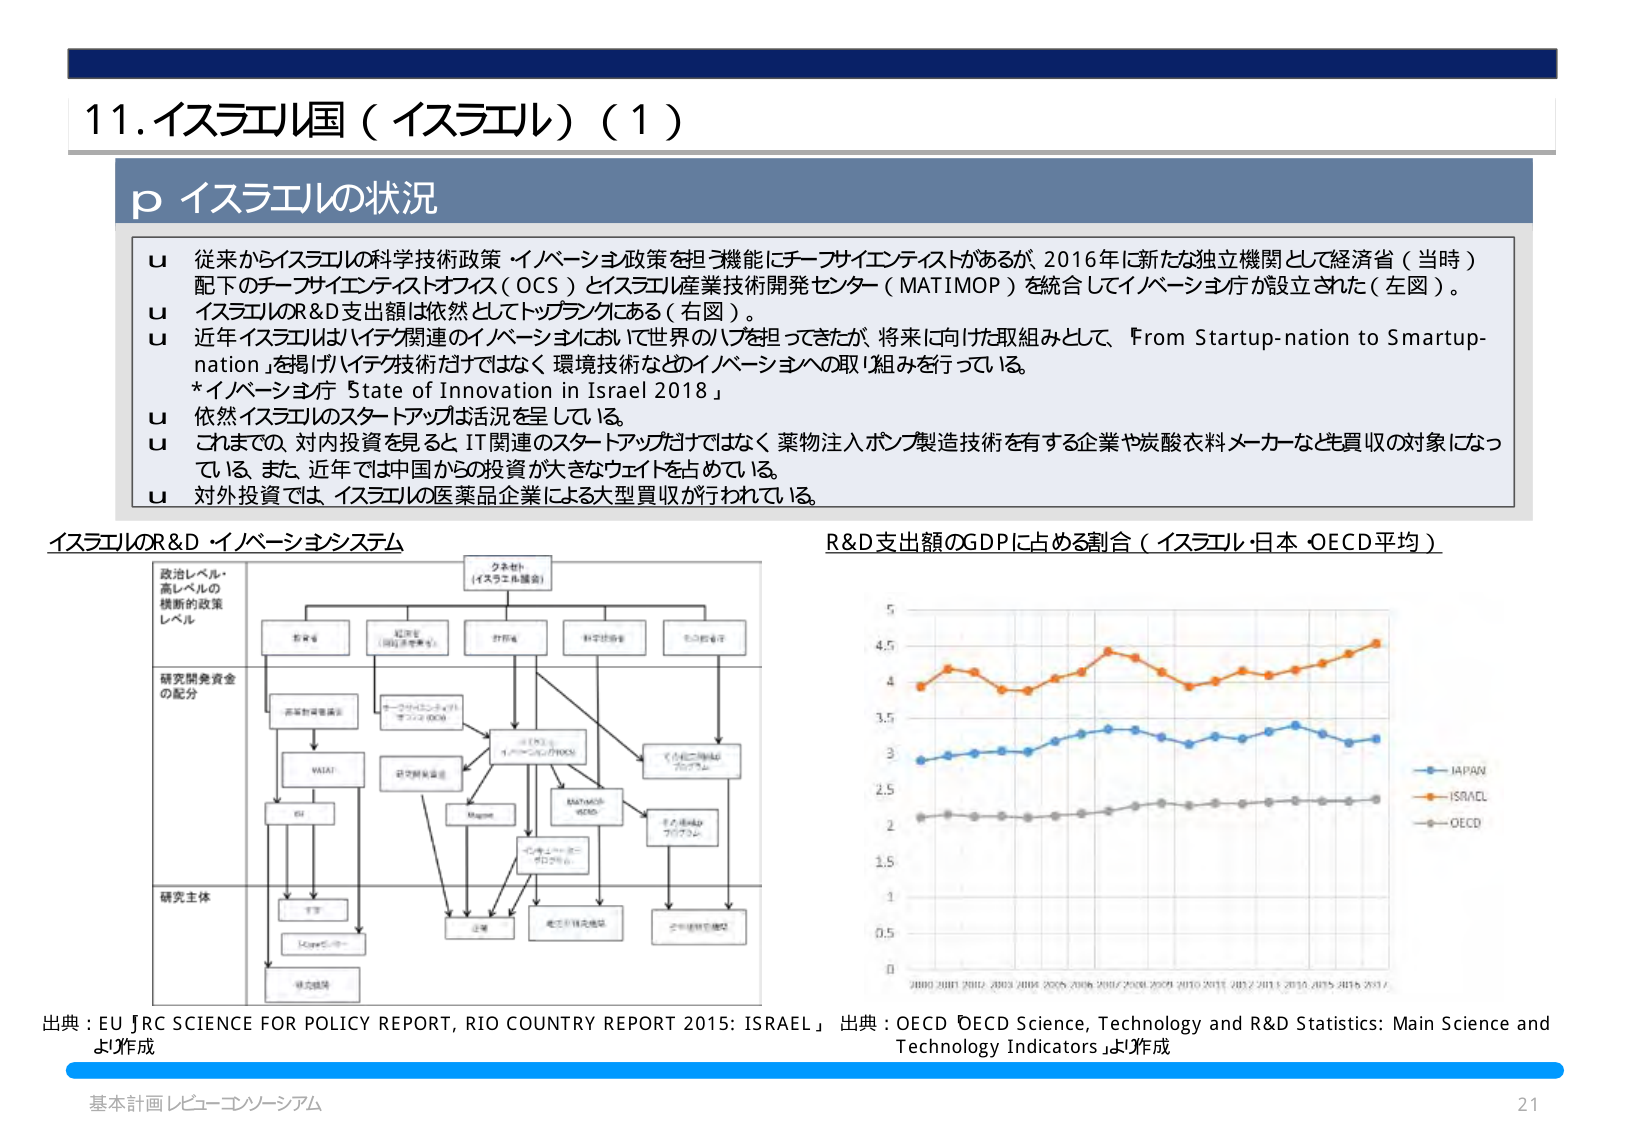
11. イスラエル国（イスラエル）（1）

p イスラエルの状況

u 従来からイスラエルの科学技術政策・イノベーション政策を担う機能にチーフサイエンティストがあるが、2016年に新たな独立機関として経済省（当時）配下のチーフサイエンティストオフィス（OCS）とイスラエル産業技術開発センター（MATIMOP）を統合してイノベーション庁が設立された（左図）。
u イスラエルのR&D支出額は依然としてトップランクにある（右図）。
u 近年イスラエルはハイテク関連のイノベーションにおいて世界のハブを担ってきたが、将来に向けた取組みとして、「From Startup-nation to Smartup-nation」を掲げ、ハイテク技術だけではなく、環境技術などイノベーションへの取り組みを行っている。
*イノベーション庁「State of Innovation in Israel 2018」
u 依然イスラエルのスタートアップ活況を呈している。
u これまでの、対内投資を見ると、IT関連のスタートアップだけではなく、薬物注入ポンプ製造技術を有する企業や炭酸衣料メーカーなども買収の対象になっている。また、近年では中国からの投資が大きなウェイトを占めている。
u 対外投資では、イスラエルの医薬品企業による大型買収が行われている。

イスラエルのR&D・イノベーションシステム

政治レベル・
高レベルの
横断的政策
レベル

研究開発資金
の配分

研究主体

クネセト
（イスラエル議会）

教育省

経済省
（当時産業省）

財務省

科学技術省

その他の省

高等教育機関

ヨーロッパ・エコノミック・
コラボレーション（OEC）

イノベーション庁（OCS）

イノベーション・
エコシステム

MATIMOP
（ICRD）

イノベーション・
プロダクション

VATAT

研究開発資金

Magnet

大学

企業

産業技術研究機関

公的機関

民間企業

出典：EU JRC SCIENCE FOR POLICY REPORT, RIO COUNTRY REPORT 2015: ISRAEL」 出典：OECD「OECD Science, Technology and R&D Statistics: Main Science and Technology Indicators」より作成

R&D支出額のGDPに占める割合（イスラエル・日本・OECD平均）

JAPAN
ISRAEL
OECD

2000 2001 2002 2003 2004 2005 2006 2007 2008 2009 2010 2011 2012 2013 2014 2015 2016 2017

基本計画レビュー・コンソーシアム
21